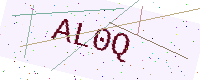
Text: AL0Q